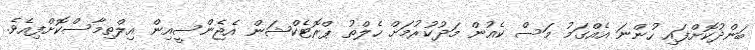
ބަންދުކޮށްފައި ހުންނަ އެއްގަމު މަސް ކެއުން މަދުކުރުމަށް ހެލްތު ޕްރޮޓެކްޝަން އެޖެންސީއިން އިލްތިމާސްކޮށްފިއެވެ.